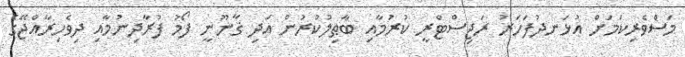
މަސްވެރިކަމަށް އުޅަނދުފަހަރު ރަޖިސްޓްރީ ކުރުމާއި ބާޠިލުކުރުން އަދި ޤާނޫނީ ފޯމު ފުރާދިނުމާއި ދިވެހިރާއްޖޭގެ